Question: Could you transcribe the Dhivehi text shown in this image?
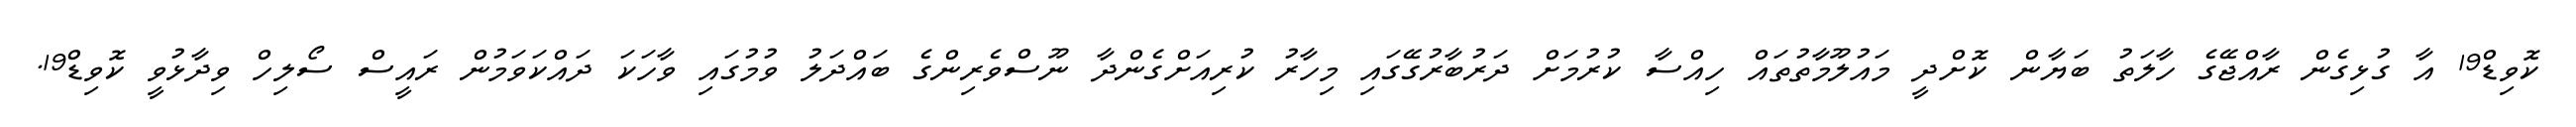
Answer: ކޮވިޑް19 އާ ގުޅިގެން ރާއްޖޭގެ ހާލަތު ބަޔާން ކޮށްދީ މައުލޫމާތުތައް ހިއްސާ ކުރުމަށް ދަރުބާރުގޭގައި މިހާރު ކުރިއަށްގެންދާ ނޫސްވެރިންގެ ބައްދަލު ވުމުގައި ވާހަކަ ދައްކަވަމުން ރައީސް ސޯލިހް ވިދާޅުވީ ކޮވިޑް19.